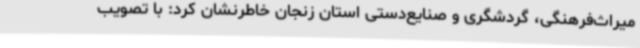
میراث‌فرهنگی، گردشگری و صنایع‌دستی استان زنجان خاطرنشان کرد: با تصویب